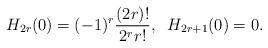
LaTeX: \begin{align*}H_{2r}(0)= (-1)^r\frac{(2r)!}{2^rr!},\;\;H_{2r+1}(0)=0.\end{align*}